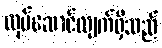
လုပ်ဆောင်လျက်ရှိသည်